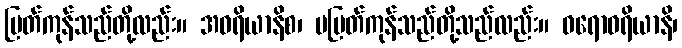
မြတ်ကုန်သည်တို့လည်း။ အဝရိယာနိစ၊ မမြတ်ကုန်သည်တို့သည်လည်း။ ဝရောဝရိယာနိ၊